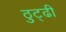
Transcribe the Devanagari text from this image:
ठुट्ढी